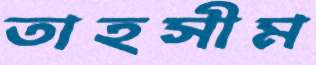
তাহসীম